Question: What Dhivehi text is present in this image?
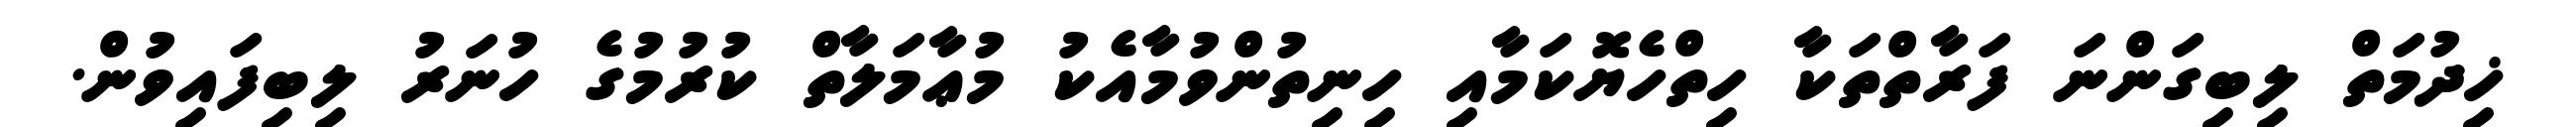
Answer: ޚިދުމަތް ލިބިގަންނަ ފަރާތްތަކާ ހިތްހެޔޮކަމާއި ހިނިތުންވުމާއެކު މުޢާމަލާތް ކުރުމުގެ ހުނަރު ލިބިފައިވުން.